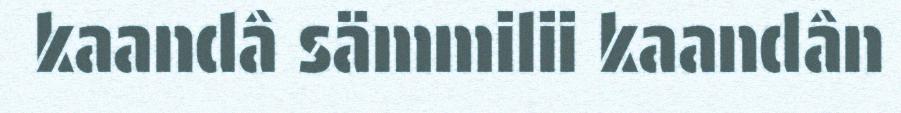
kaandâ sämmilii kaandân